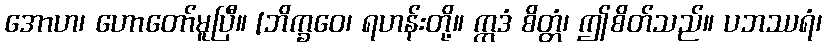
အောဟ၊ ဟောတော်မူပြီ။ [ဘိက္ခဝေ၊ ရဟန်းတို့။ ဣဒံ စိတ္တံ၊ ဤစိတ်သည်။ ပဘဿရံ၊